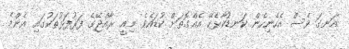
އަނގަ ވެސް އެހެނިހެން ކަނޑުކާޅެކޭ އެއްގޮތަށް ކުޑައެވެ. މިއީ ރާއްޖޭގެ ފަރުފަޅުތަކުގައި އެންމެ